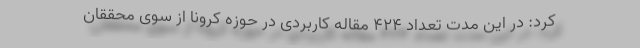
کرد: در این مدت تعداد 424 مقاله کاربردی در حوزه کرونا از سوی محققان